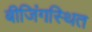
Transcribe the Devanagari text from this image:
बीजिंगस्थित